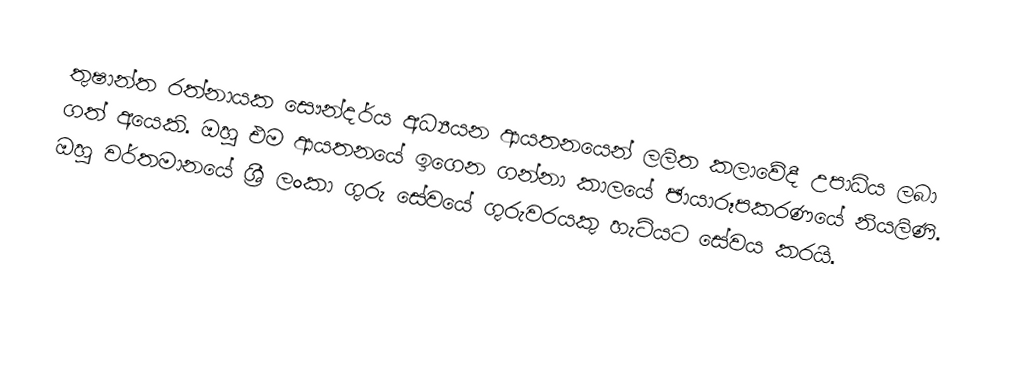
තුෂාන්ත රත්නායක සෞන්දර්ය අධ්‍යයන  ආයතනයෙන් ලලිත කලාවේදී උපාධිය ලබා ගත් අයෙකි. ඔහු එම ආයතනයේ ඉගෙන ගන්නා කාලයේ   ඡායාරූපකරණයේ නියලිණි.  ඔහු වර්තමානයේ ශ්‍රී ලංකා ගුරු සේවයේ ගුරුවරයකු හැටියට සේවය කරයි.